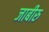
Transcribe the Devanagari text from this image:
जाबीरु